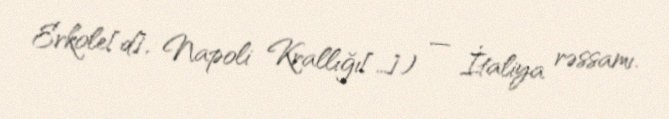
Erkole[d], Napoli Krallığı[…]) — İtaliya rəssamı.